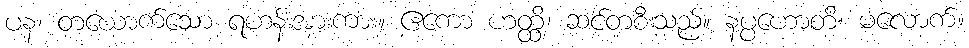
ပန၊ တယောက်သော ရဟန်းအားကား။ ဧကော ဟတ္ထိ၊ ဆင်တစီးသည်။ နပ္ပဟောတိ၊ မလောက်။